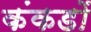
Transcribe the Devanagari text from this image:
कंकडों